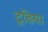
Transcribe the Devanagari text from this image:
टुड़िया